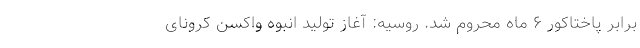
برابر پاختاکور ۶ ماه محروم شد. روسیه: آغاز تولید انبوه واکسن کرونای